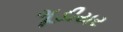
ગૂડીયર